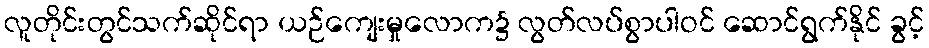
လူတိုင်းတွင်သက်ဆိုင်ရာ ယဉ်ကျေးမှုလောက၌ လွတ်လပ်စွာပါဝင် ဆောင်ရွက်နိုင် ခွင့်